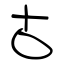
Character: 古